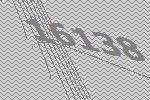
16138